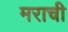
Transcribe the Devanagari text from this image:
मराची